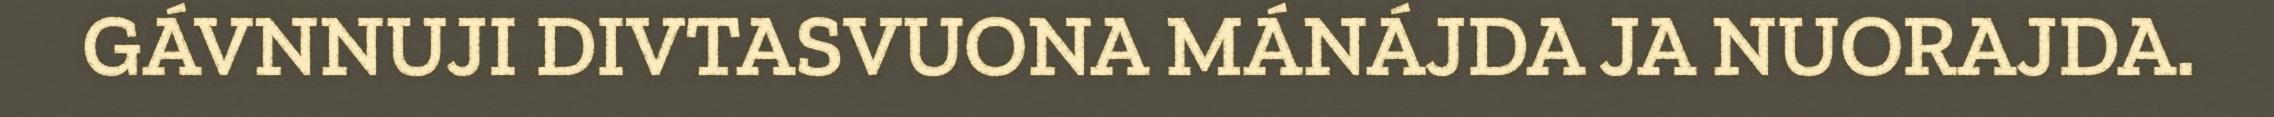
GÁVNNUJI DIVTASVUONA MÁNÁJDA JA NUORAJDA.